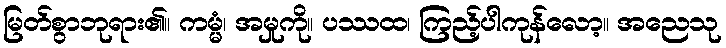
မြတ်စွာဘုရား၏။ ကမ္မံ၊ အမှုကို။ ပဿထ၊ ကြည့်ပါကုန်လော့။ အညေသု